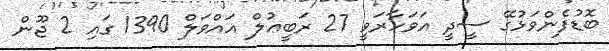
ބޮޑުފެންވަޅުގޭ ސީދީ އަވަހާރަވީ 27 ރަބީޢުލް އައްވަލް 1390 ގައި 2 ޖޫން